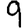
Digit: 9